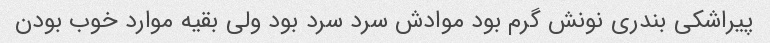
پیراشکی بندری نونش گرم‌ بود موادش سرد سرد بود ولی بقیه موارد خوب بودن